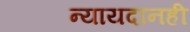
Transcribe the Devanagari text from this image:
न्यायदानही